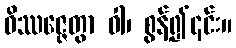
ဝိဿဇ္ဇေတွာ ဝါ၊ စွန့်၍၎င်း။